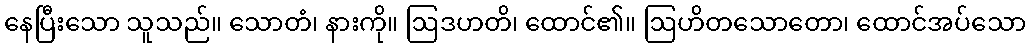
နေပြီးသော သူသည်။ သောတံ၊ နားကို။ ဩဒဟတိ၊ ထောင်၏။ ဩဟိတသောတော၊ ထောင်အပ်သော